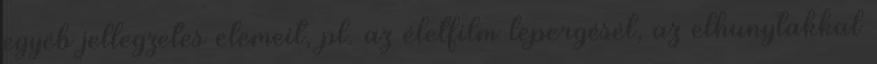
egyéb jellegzetes elemeit, pl. az életfilm lepergését, az elhunytakkal